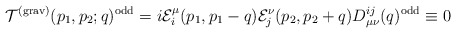
\begin{align*}{\cal T}^{({\rm grav})}(p_1,p_2;q)^{\rm odd}=i{\cal E}_i^\mu(p_1,p_1-q){\cal E}_j^\nu(p_2,p_2+q)D_{\mu\nu}^{ij}(q)^{\rm odd}\equiv0\end{align*}